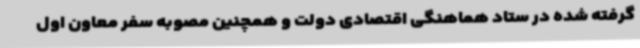
گرفته شده در ستاد هماهنگی اقتصادی دولت و همچنین مصوبه سفر معاون اول